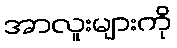
အာလူးများကို